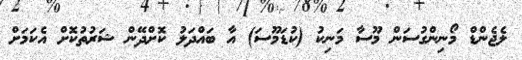
ލެޖެންޑް މޯނިންގުސަން މޫސާ މަނިކު (ކުޑަމޫސަ) އާ ބައްދަލު ކޮށްދޭން ޝަރުތުކޮށް އެކަމަށް